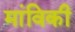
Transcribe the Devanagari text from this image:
मांविकी